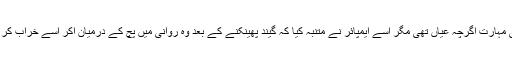
عامر کی مہارت اگرچہ عیاں تھی مگر اسے ایمپائر نے متنبہ کیا کہ گیند پھینکنے کے بعد وہ روانی میں پچ کے درمیان آکر اسے خراب کر رہا ہے۔